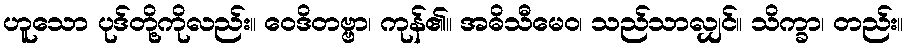
ဟူသော ပုဒ်တို့ကိုလည်း။ ဝေဒိတဗ္ဗာ၊ ကုန်၏။ အဓိသီမေဝ၊ သည်သာလျှင်။ သိက္ခာ၊ တည်း။